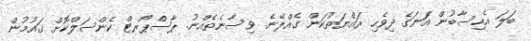
ބަލަ އެހިސާބުން އަެނަގެ ދިވެހި ރައްޔަތުކަން ގެއްލޭނެ. ޥިސާނެތެއްނު. ޕާސްޕޯރޓް ކެންސަލްކޮށް ޤައުމުން